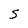
Character: S